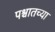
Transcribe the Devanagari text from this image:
पश्चातच्या